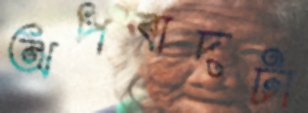
অপবাদটা